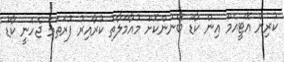
ކުރިން އޭޓީއެމް އިން ކާޑު ބޭނުންކޮށް މުއާމަލާތު ކުރާއިރު ފުރަތަމަ ޖެހެނީ ކާޑު